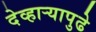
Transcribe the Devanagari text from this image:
देव्हार्‍यापुढे